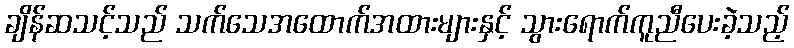
ချိန်ဆသင့်သည် သက်သေအထောက်အထားများနှင့် သွားရောက်ကူညီပေးခဲ့သည့်